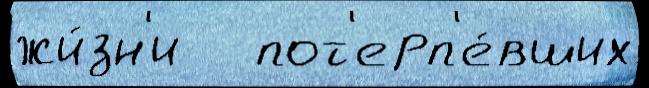
жи́зн'и   пот'ерп'е́вших